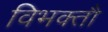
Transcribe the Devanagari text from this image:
विभक्तौ